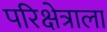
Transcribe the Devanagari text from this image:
परिक्षेत्राला